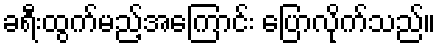
ခရီးထွက်မည့်အကြောင်း ပြောလိုက်သည်။